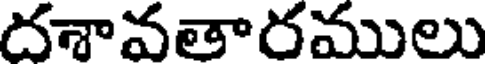
దశావతారములు